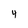
Character: 4